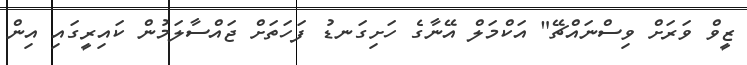
ޒީވް ވަރަށް ވިސްނައްޗޭ" އަކްމަލް އޭނާގެ ހަށިގަނޑު ފަހަތަށް ޖައްސާލަމުން ކައިރީގައި އިން